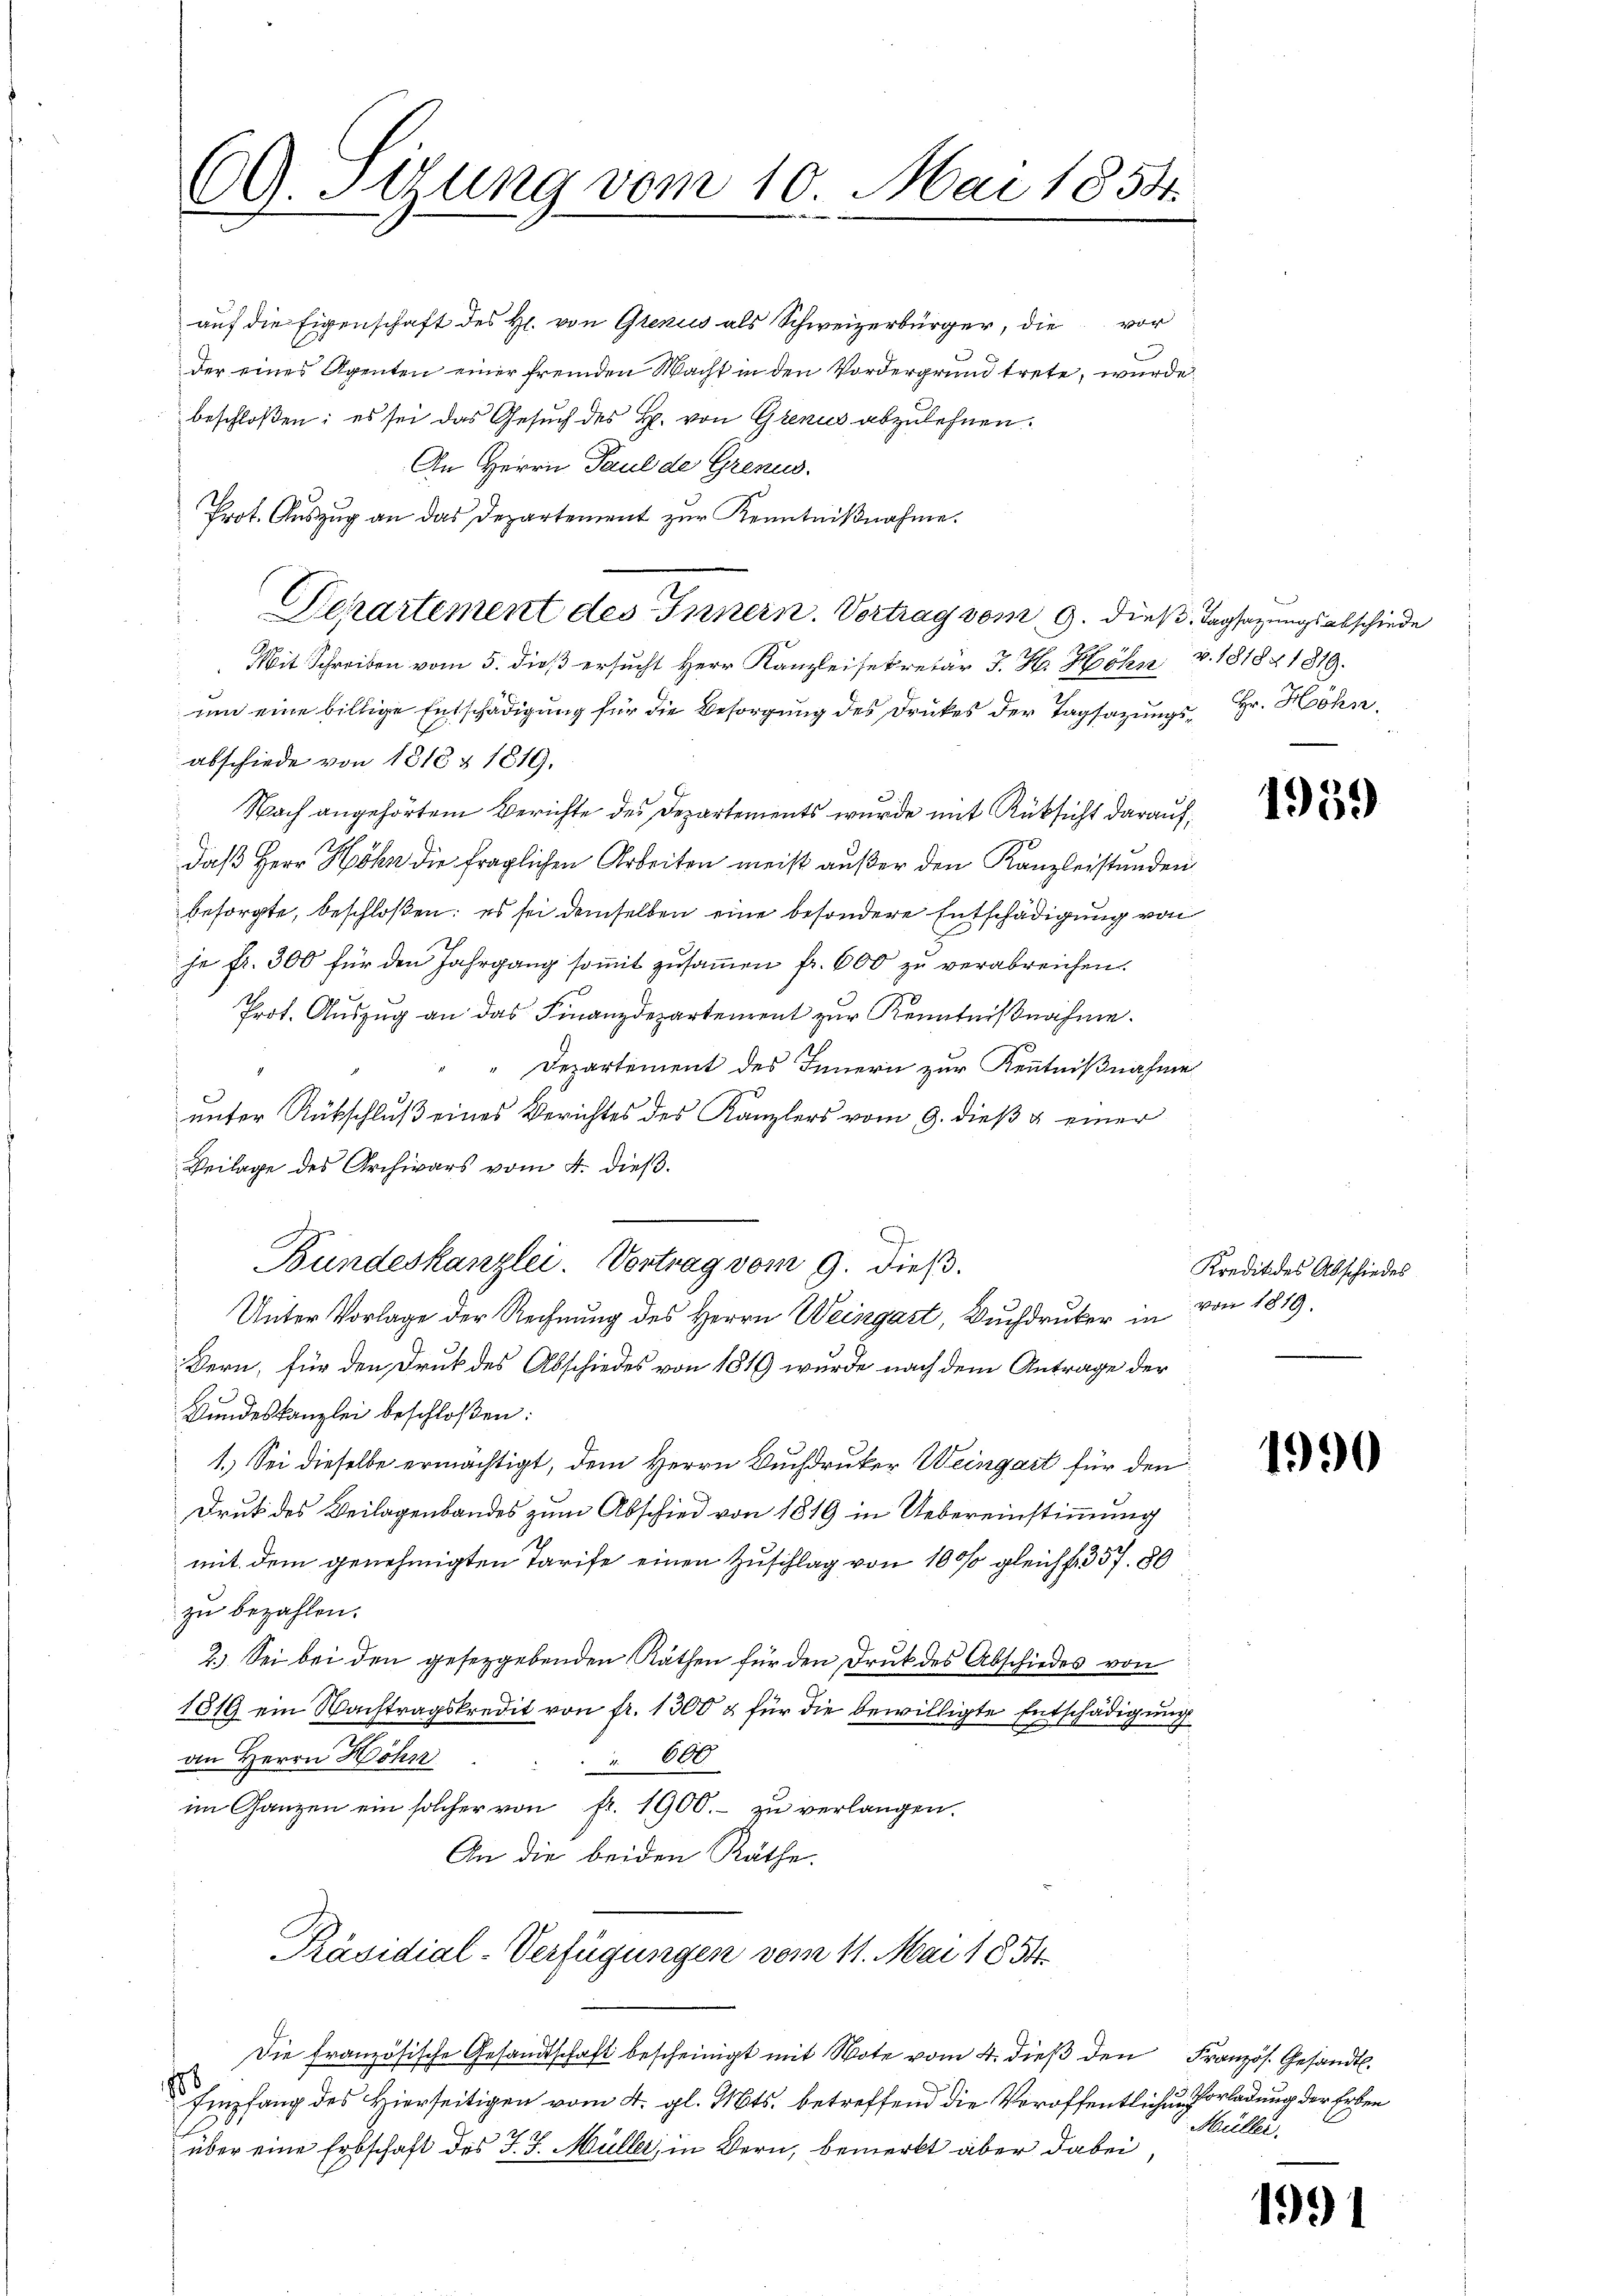
CG. Sitzung vom 10. Mai 1854.

An Herrn Paul de Grenus.
Prot. Auszug an das Departement zur Kenntnißnahme.
Departement des Innern. Vortrag vom 9. dieß Tagsazungsabschiede

auf die Eigenschaft des H. von Genus als Schweizerbürger, die vor
Der eines Agenten einer fremden Macht in den Vordergrund trete, wurde
beschloßen: es sei das Gesuch des B. von Grenus abzulehnen.
Mit Schreiben vom 5. dieß ersucht Herr Kanzleisekretär J. H. Höhn v. 181821819.
um eine billige Entschädigung für die Besorgung des Druckes der Tagsazungs- Hr. Höhn
abschiede von 1818 § 1819.
Nach angehörtem Berichte des Departements wurde mit Rüksicht darauf,
Daß Herr Höhn die fraglichen Arbeiten meist außer den Kanzleistunden
besorgte, beschloßen: es sei demselben eine besondere Entschädigung von
he fr. 300 für den Jahrgang somit zusammen fr. 600 zu verabreichen.
Prot. Aŭszŭg an das Finanzdepartenrent zŭr Kenntniβnahme.
Departement des Innern zur Kenntnißnahme
unter Rückschluß eines Berichtes des Kanzlers vom 9. dieß & einer
Beilage des Archivars vom 4. dieβ.
Bundeskanzlei. Vortrag vom 9. dieß.
Unter Vorlage der Rechnung des Herrn Weingast, Buchdruker in
Bern, für den Druk des Abschiedes von 1819 wurde nach dem Antrage der
Bundeskanzlei beschloßen:
1.) Sei dieselbe ermächtigt, dem Herrn Buchdruker Weingart für den
.
Drut des Beilagenbandes zum Abschied von 1819 in Uebereinstimmung
mit dem genehmigten Tarife einen Zuschlag von 10 % gleich f. 357. 80
zu bezahlen.
2.) Sei bei den gesetzgebenden Räthen für den Druk des Abschiedes von
1819 ein Nachtragskredit von fr. 1300 & für die bewilligte Entschädigung
an Herrn Höhn
 600
im Ganzen ein solcher von fr. 1900.- zŭ verlangen.
An die beiden Räthe.
Präsidial-Verfügungen vom 11. Mai 1854.
Die französische Gesandtschaft bescheinigt mit Note vom 4. dieß den Französ. Gesandt.
6
Empfang des Hierseitigen vom 4. gl. Mts. betreffend die Veröffentlichen Vorladung der Erben
2 18
über eine Erbschaft des J. J. Müller, in Bern, bemerkt aber dabei

1959

Kredit des Abschiedes
von 1819.

1990

Müller.

1991